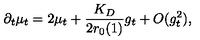
\partial _ { t } \mu _ { t } = 2 \mu _ { t } + \frac { K _ { D } } { 2 r _ { 0 } ( 1 ) } g _ { t } + O ( g _ { t } ^ { 2 } ) ,